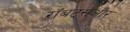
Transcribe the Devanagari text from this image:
रॉबर्ट्सऔर